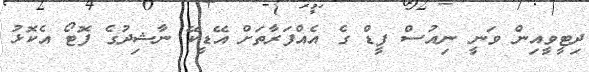
ދިޓީވީއިން ވަނީ ނިއުސް ފީޑް ގެ އެއްފަރާތަށް އޭޑީކޭ ނާޝިދުގެ ފޮޓޯ އެކޮޅު